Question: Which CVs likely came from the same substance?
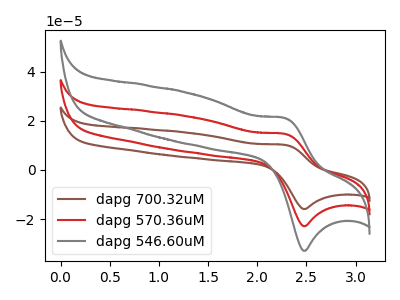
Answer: <think>The brown curve "dapg 700.32uM" has an anodic peak at (2.30V, 29.40uA) and a cathodic peak at (2.50V, -45.80uA). The red curve "dapg 570.36uM" has an anodic peak at (2.30V, 14.70uA) and a cathodic peak at (2.50V, -22.90uA). The gray curve "dapg 546.60uM" has an anodic peak at (2.30V, 21.15uA) and a cathodic peak at (2.50V, -32.95uA).
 All the peaks in "dapg 700.32uM" have a peak in "dapg 570.36uM" at the same potential. Every peak in "dapg 700.32uM" is higher than every peak in "dapg 570.36uM". All the peaks in "dapg 700.32uM" have a peak in "dapg 546.60uM" at the same potential. Every peak in "dapg 700.32uM" is higher than every peak in "dapg 546.60uM". All the peaks in "dapg 570.36uM" have a peak in "dapg 546.60uM" at the same potential. Every peak in "dapg 570.36uM" is lower than every peak in "dapg 546.60uM".</think>
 <answer>"dapg 546.60uM", "dapg 700.32uM" and "dapg 570.36uM" have the same shape and are likely CV's of the same chemical.</answer>
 <eval>"dapg 546.60uM" "dapg 700.32uM" "dapg 570.36uM"</eval>